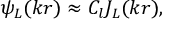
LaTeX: \psi _ { L } ( k r ) \approx C _ { l } J _ { L } ( k r ) ,